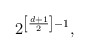
\begin{align*}2^{\left[ \frac {d+1}{2} \right]-1},\end{align*}